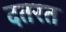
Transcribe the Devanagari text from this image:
दतरत